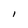
Character: l